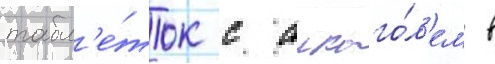
табл'е́ток с алкого́л'ем в